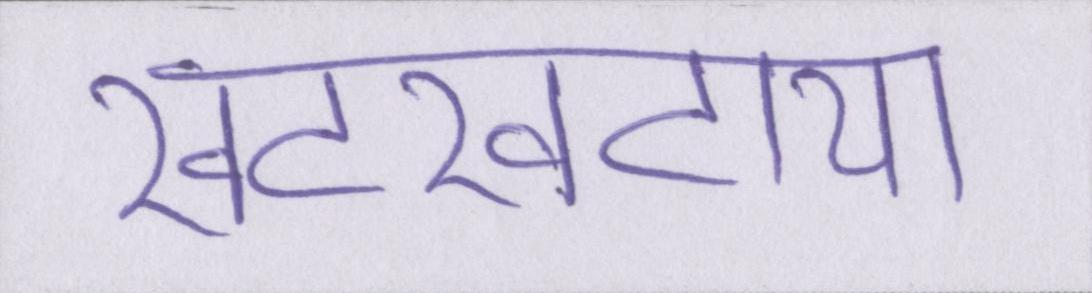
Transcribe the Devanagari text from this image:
खटखटाया